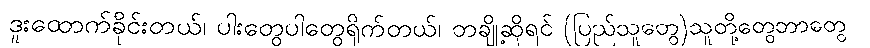
ဒူးထောက်ခိုင်းတယ်၊ ပါးတွေပါတွေရိုက်တယ်၊ တချို့ဆိုရင် (ပြည်သူတွေ)သူတို့တွေဘာတွေ